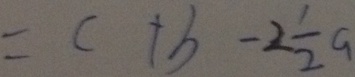
= c + b - 2 \frac { 1 } { 2 } a